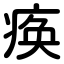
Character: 痪